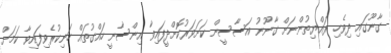
ގާނޫގައި ދިވެހި ރައްޔިތުންނަށް ގާނޫނު އަސާސީން ކަށަވަރުކޮށްދީފައިވާ އިންސާނީ ހައްގުތައް ހަނިކުރެވިފައިވާ ކަމަށް